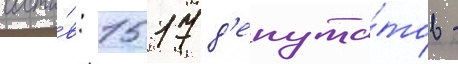
соста́в: 1517 д'епута́тов -